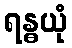
ရန္ဓယုံ